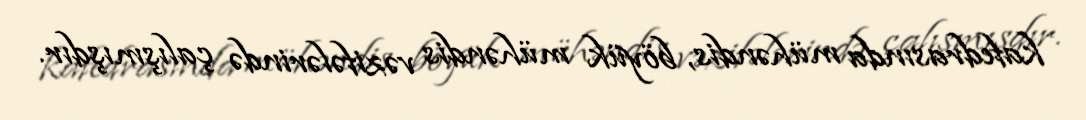
kafedrasında mühəndis, böyük mühəndis vəzifələrində çalışmışdır.